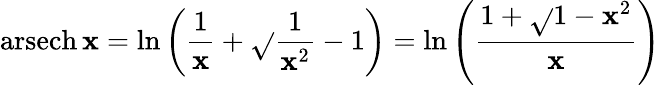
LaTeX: \operatorname{arsech}\mathbf{x}=\ln\left({\frac{{1}}{{\mathbf{x}}}}+{\sqrt{}{{{\frac{{1}}{{\mathbf{x}^{2}}}}-1}}}\right)=\ln\left({\frac{{1+{\sqrt{}{{1-\mathbf{x}^{2}}}}}}{{\mathbf{x}}}}\right)